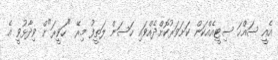
އެއީ ސައްހަ ސިޓީއެއްކަން ކަށަވަރުކޮށްދެއްވައި ހަސަން ލަތީފު މިރޭ "ހަވީރަ"ށް ވިދާޅުވީ އެ